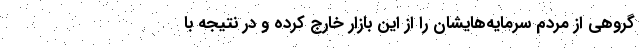
گروهی از مردم سرمایه‌هایشان را از این بازار خارج کرده و در نتیجه با